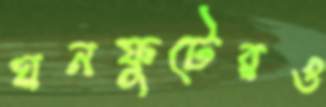
ঘনফুটেরও